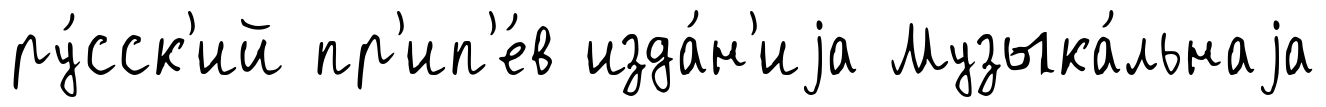
ру́сск'ий пр'ип'е́в изда́н'иjа Музыка́льнаjа